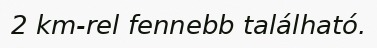
2 km-rel fennebb található.